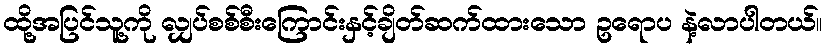
ထို့အပြင်သူ့ကို လျှပ်စစ်စီးကြောင်းနှင့်ချိတ်ဆက်ထားသော ဥရောပ နဲ့လာပါတယ်။